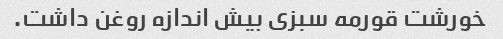
خورشت قورمه سبزی بیش اندازه روغن داشت.